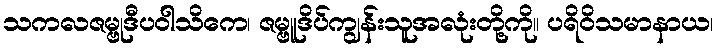
သကလဇမ္ဗုဒီပဝါသိကေ၊ ဇမ္ဗူဒိပ်ကျွန်းသူအလုံးတို့ကို။ ပရိဝိသမာနာယ၊